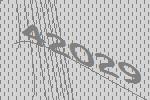
42029